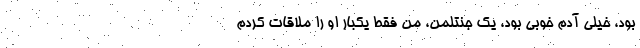
بود، خیلی آدم خوبی بود، یک جنتلمن، من فقط یکبار او را ملاقات کردم